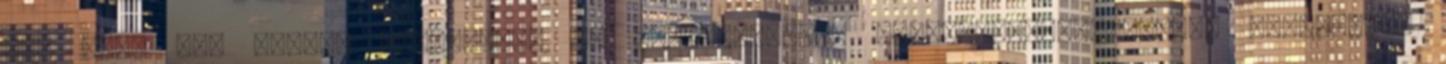
Nem Igen Meg kell-e reformálni az erőszakmentes kábítószerhasználókra kötelezően